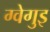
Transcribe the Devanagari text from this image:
ग्वेगुइ